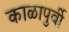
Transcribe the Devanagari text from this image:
काळापुर्वी